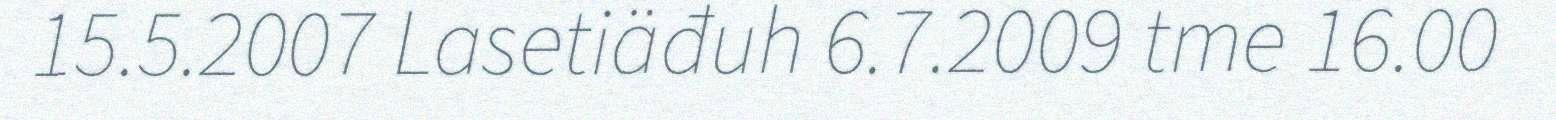
15.5.2007 Lasetiäđuh 6.7.2009 tme 16.00